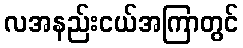
လအနည်းငယ်အကြာတွင်